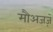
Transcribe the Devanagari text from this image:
मौअजज़े